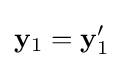
\mathbf {y} _{1}=\mathbf {y} '_{1}